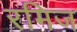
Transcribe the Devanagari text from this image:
रमिज